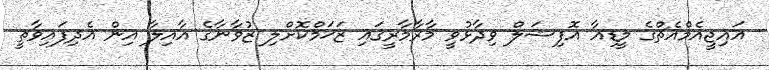
އައިޖީއެމްއެޗްގެ މީޑިއާ އޮފިޝަލް ވިދާޅުވީ މާރާމާރީގައި ޒަޚަމްކޮށްލި ޒުވާނާގެ އާއިލާ އިން އެދިފައިވާތީ